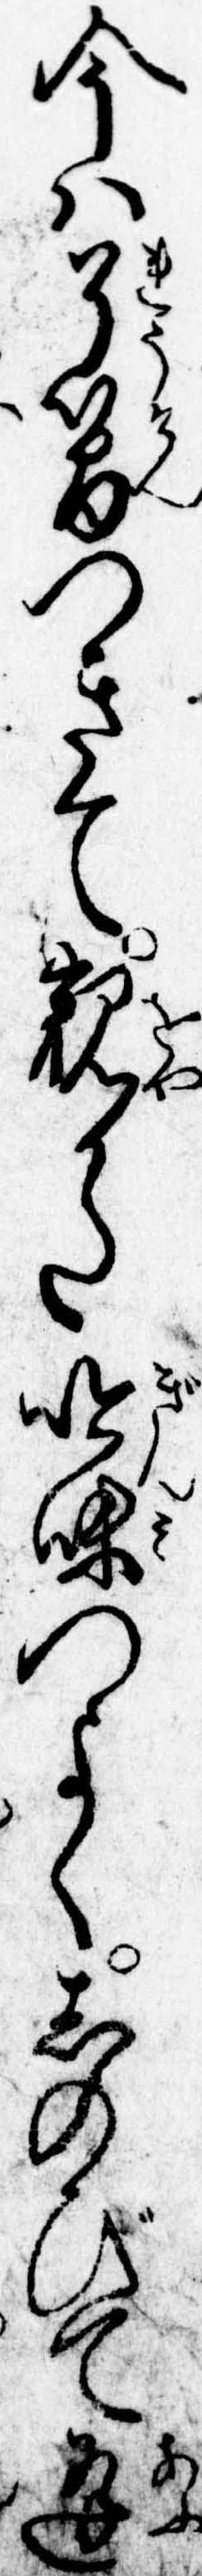
今は了簡つきて親かた吟味つよくしのびて逢